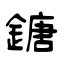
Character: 鎕